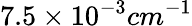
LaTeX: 7.5\times 10^{-3}cm^{-1}